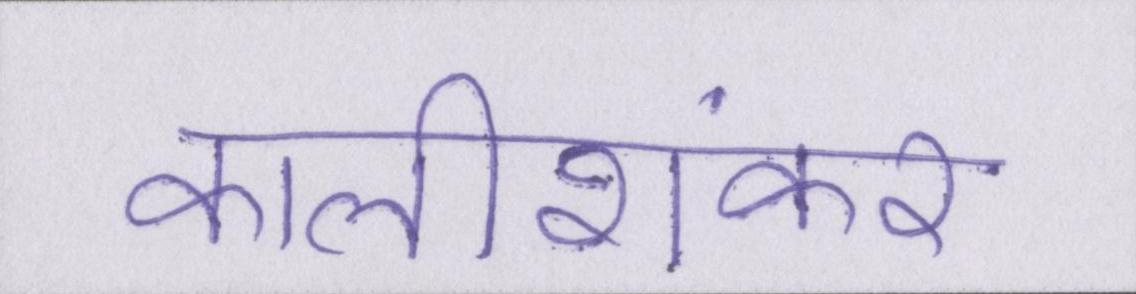
कालीशंकर